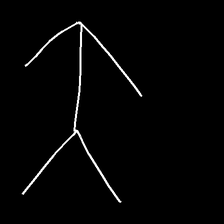
Glyph: gather